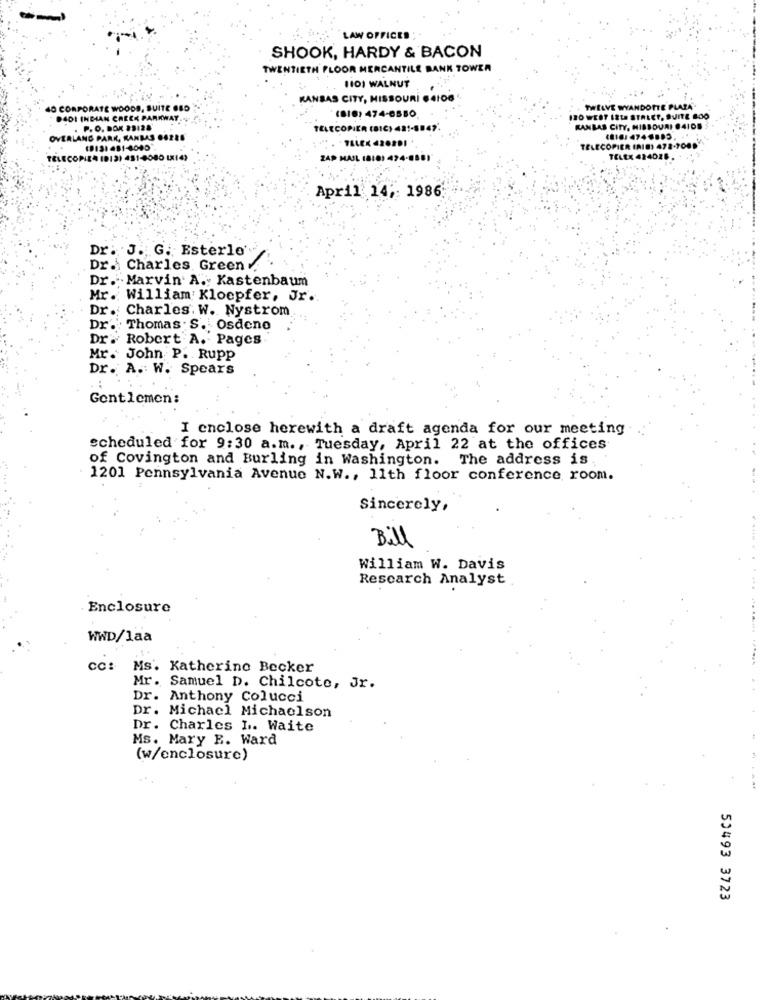
LAW OFFICED
SHOOK, HARDY & BACON
TWENTIETH FLOOR MERCANTILE BANK TOWER
1101 WALNUT
KANSAS CITY, MISSOURI 64108
40 CORPORATE WOODS, SUITE 08D
TWELVE WYANDOTTE PLATA
DADI INDIAN CREEK PAR
(810) 474-8880
120 WEST IBLE STALEY, SUITE BOO
. P. O. BOX 29128
TELECOPIER (BIC) 421-8847'
KANSAS CITY, MISSOURI #4108
OVERLAND PARK, KANSAS 64228
1816:4746803
(913: 481-4040
TELECOPIER IRIE) 472-700 **
TELECOPIEA 1912) 481-8080 1X14)
ZAP MAIL IBIO
TELEx 424026 .
April 14, 1986
Dr: J. G. Esterlo'
Dr. Charles Green
Dr. Marvin' A. Kastenbaum
Mr. William: Kloepfer, Jr ..
Dr .: Charles. W. Nystrom
Dr. Thomas . S. Osdeno
Dr. Robert A. Pages
Mr. John P. Rupp
Dr. A. W. Spears
Gentlemen:
I enclose herewith a draft agenda for our meeting
scheduled for 9:30 a.m ., Tuesday, April 22 at the offices
of Covington and Burling in Washington. The address is
1201 Pennsylvania Avenue N.W ., 11th floor conference room.
Sincerely,
Bill
William W. Davis
Research Analyst
Enclosure
WWD/laa
cc:
Ms. Katherine Becker
Mr.
Samuel D. Chilcote, Jr.
Dr. Anthony Colucci
Dr. Michael Michaelson
Dr. Charles I. Waite
Ms. Mary E. Ward
(w/enclosure)
50493 3723